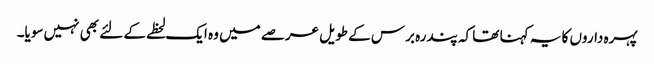
پہرہ داروں کا یہ کہنا تھا کہ پندرہ برس کے طویل عرصے میں وہ ایک لحظے کے لئے بھی نہیں سویا۔